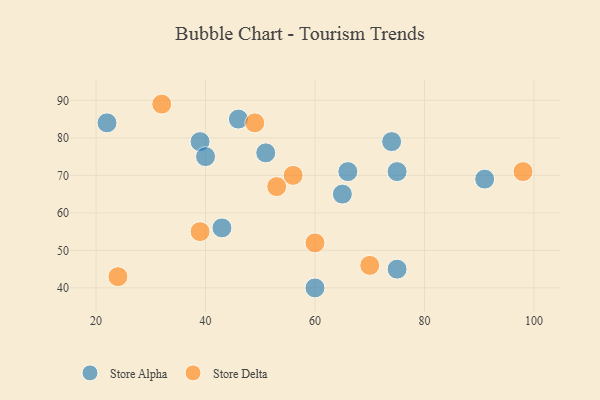
{"axis": {"x": "GDP", "y": "Life Expectancy"}, "legend": ["Store Alpha", "Store Delta"], "data": [{"x": "22", "y": 84, "type": "Store Alpha"}, {"x": "39", "y": 79, "type": "Store Alpha"}, {"x": "75", "y": 71, "type": "Store Alpha"}, {"x": "60", "y": 40, "type": "Store Alpha"}, {"x": "66", "y": 71, "type": "Store Alpha"}, {"x": "51", "y": 76, "type": "Store Alpha"}, {"x": "43", "y": 56, "type": "Store Alpha"}, {"x": "75", "y": 45, "type": "Store Alpha"}, {"x": "74", "y": 79, "type": "Store Alpha"}, {"x": "40", "y": 75, "type": "Store Alpha"}, {"x": "91", "y": 69, "type": "Store Alpha"}, {"x": "46", "y": 85, "type": "Store Alpha"}, {"x": "65", "y": 65, "type": "Store Alpha"}, {"x": "70", "y": 46, "type": "Store Delta"}, {"x": "49", "y": 84, "type": "Store Delta"}, {"x": "60", "y": 52, "type": "Store Delta"}, {"x": "24", "y": 43, "type": "Store Delta"}, {"x": "32", "y": 89, "type": "Store Delta"}, {"x": "39", "y": 55, "type": "Store Delta"}, {"x": "56", "y": 70, "type": "Store Delta"}, {"x": "53", "y": 67, "type": "Store Delta"}, {"x": "98", "y": 71, "type": "Store Delta"}]}